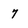
Character: 7